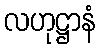
လဟုဋ္ဌာနံ